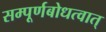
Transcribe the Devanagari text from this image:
सम्पूर्णबोधत्वात्